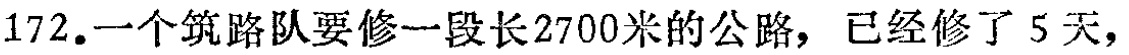
172.一个筑路队要修一段长2700米的公路，已经修了5天，